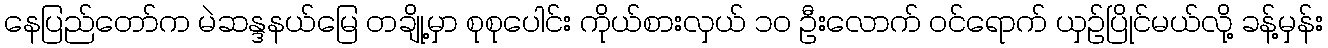
နေပြည်တော်က မဲဆန္ဒနယ်မြေ တချို့မှာ စုစုပေါင်း ကိုယ်စားလှယ် ၁၀ ဦးလောက် ဝင်ရောက် ယှဉ်ပြိုင်မယ်လို့ ခန့်မှန်း